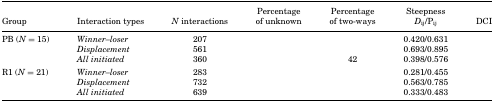
<table><thead><tr><td><b>Group</b></td><td><b>Interaction types</b></td><td><b><i>N</i> interactions</b></td><td><b>Percentage of unknown</b></td><td><b>Percentage of two-ways</b></td><td><b>Steepness <i>D</i><sub>ij</sub>/P<sub>ij</sub></b></td><td><b>DCI</b></td></tr></thead><tbody><tr><td>PB (<i>N</i> = 15)</td><td><i>Winner–loser</i></td><td>207</td><td>[EMPTY_CELL]</td><td>[EMPTY_CELL]</td><td>0.420/0.631</td><td>[EMPTY_CELL]</td></tr><tr><td>[EMPTY_CELL]</td><td><i>Displacement</i></td><td>561</td><td>[EMPTY_CELL]</td><td>[EMPTY_CELL]</td><td>0.693/0.895</td><td>[EMPTY_CELL]</td></tr><tr><td>[EMPTY_CELL]</td><td><i>All initiated</i></td><td>360</td><td>[EMPTY_CELL]</td><td>42</td><td>0.398/0.576</td><td>[EMPTY_CELL]</td></tr><tr><td>R1 (<i>N</i> = 21)</td><td><i>Winner–loser</i></td><td>283</td><td>[EMPTY_CELL]</td><td>[EMPTY_CELL]</td><td>0.281/0.455</td><td>[EMPTY_CELL]</td></tr><tr><td>[EMPTY_CELL]</td><td><i>Displacement</i></td><td>732</td><td>[EMPTY_CELL]</td><td>[EMPTY_CELL]</td><td>0.563/0.785</td><td>[EMPTY_CELL]</td></tr><tr><td>[EMPTY_CELL]</td><td><i>All initiated</i></td><td>639</td><td>[EMPTY_CELL]</td><td>[EMPTY_CELL]</td><td>0.333/0.483</td><td>[EMPTY_CELL]</td></tr></tbody></table>